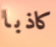
كاذبا